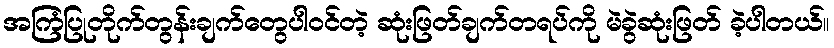
အကြံပြုတိုက်တွန်းချက်တွေပါဝင်တဲ့ ဆုံးဖြတ်ချက်တရပ်ကို မဲခွဲဆုံးဖြတ် ခဲ့ပါတယ်။